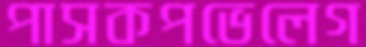
পাসকপভেলেগ